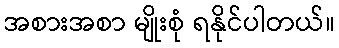
အစားအစာ မျိုးစုံ ရနိုင်ပါတယ်။